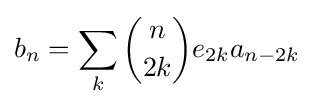
b_{n}=\sum _{k}{\binom {n}{2k}}e_{2k}a_{n-2k}